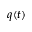
q ( t )